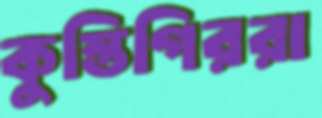
কুস্তিগিররা